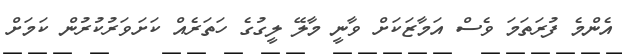
އެންމެ ފުރަތަމަ ވެސް އަމާޒަކަށް ވާނީ މާލޭ ލީގުގެ ހަތަރެއް ކަށަވަރުކުރުން ކަމަށް